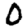
Digit: 0